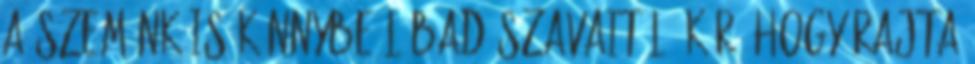
a szemünk is könnybe lábad szavaitól. Kár, hogy rajta